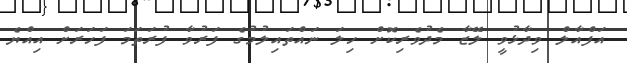
އަފްއާލް ވިދާޅުވީ ލޭޒާ މެދުވެރިކޮށް ހިލަ ނައްތައިލުމުގެ ފަރުވާ ފުރަތަމަ ފަހަރަށް އިއްޔެ